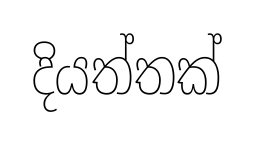
දියත්තක්